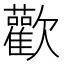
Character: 歡